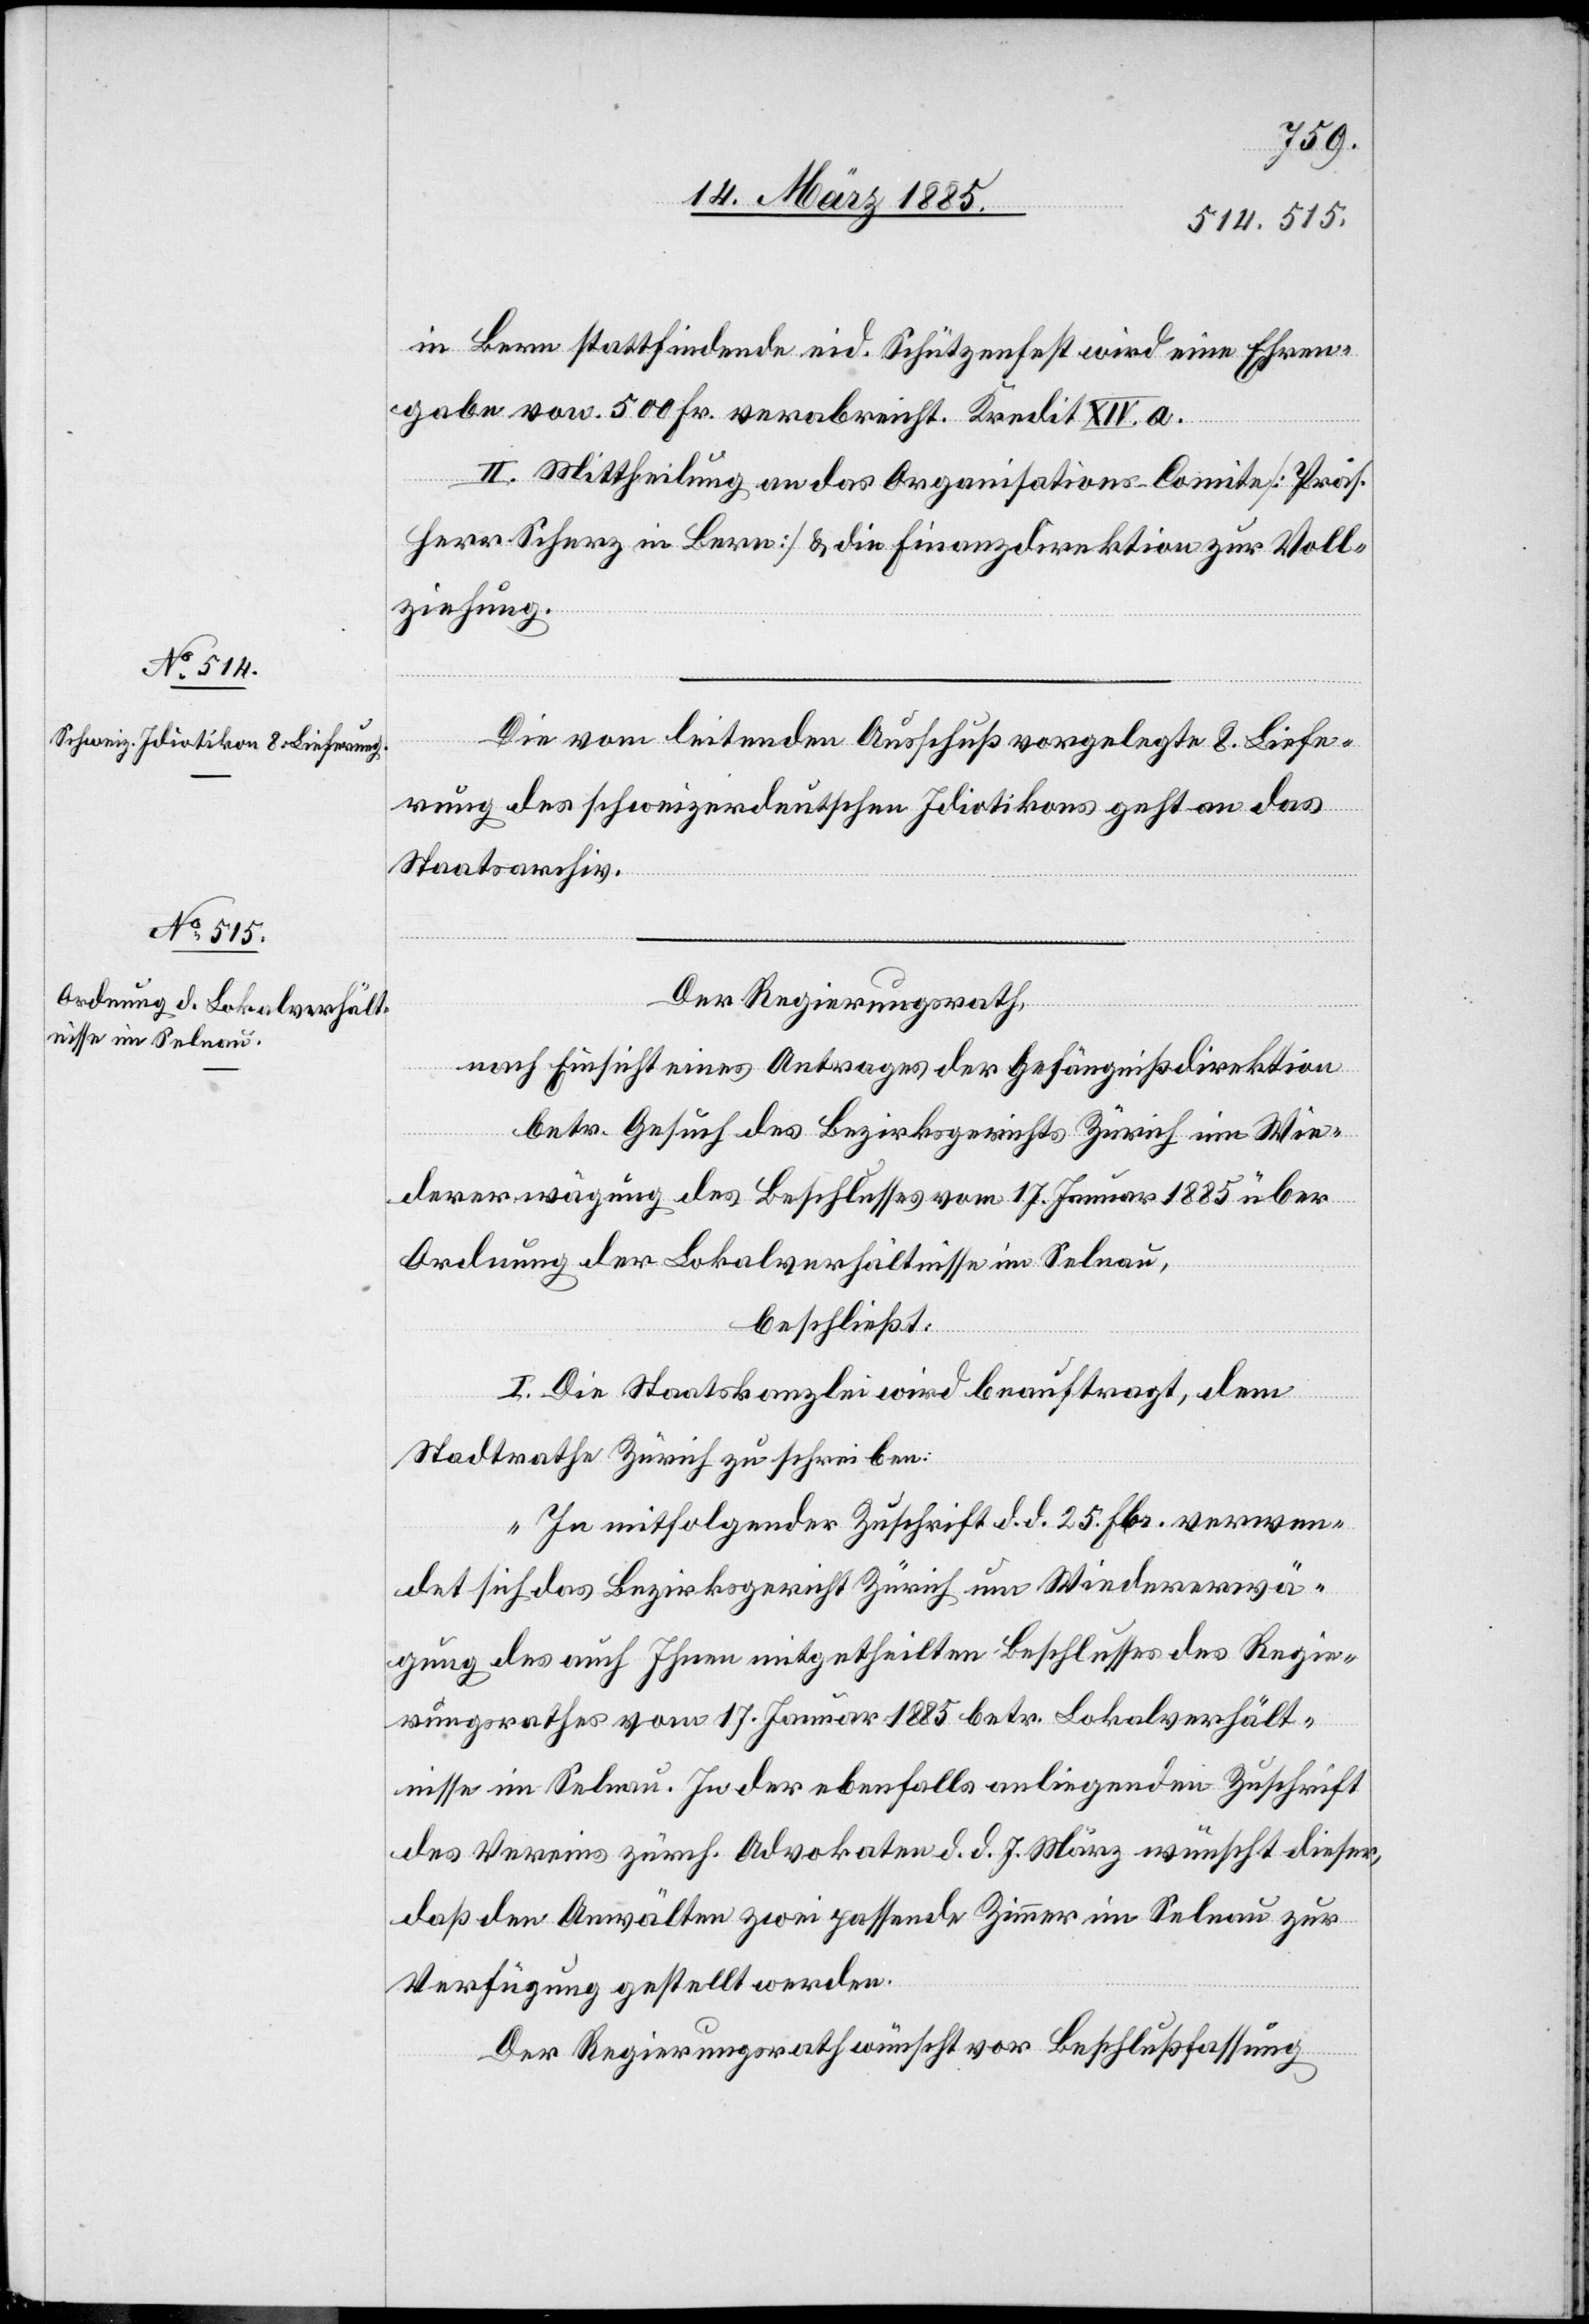
in Bern stattfindende eid. Schützenfest wird eine Ehren¬
gabe von 500 Fr. verabreicht. Kredit XIV. a.
II. Mittheilung an das Organisations-Comite [Präs.
Herr Scherz in Bern] & die Finanzdirektion zur Voll¬
ziehung.
Die vom leitenden Ausschuß vorgelegte 8. Liefe¬
rung des schweizerdeutschen Idiotikons geht an das
Staatsarchiv.
Der Regierungsrath,
nach Einsicht eines Antrages der Gefängnißdirektion
betr. Gesuch des Bezirksgerichts Zürich in Wie¬
dererwägung des Beschlusses vom 17. Januar 1885 über
Ordnung der Lokalverhältnisse im Selnau,
beschließt:
I. Die Staatskanzlei wird beauftragt, dem
Stadtrathe Zürich zu schreiben:
„In mitfolgender Zuschrift d. d. 25. Fbr. verwen¬
det sich das Bezirksgericht Zürich um Wiedererwä¬
gung des auch Ihnen mitgetheilten Beschlusses des Regie¬
rungsrathes vom 17. Januar 1885 betr. Lokalverhält¬
nisse im Selnau. In der ebenfalls anliegenden Zuschrift
des Vereins zürch. Advokaten d. d. 7. März wünscht dieser,
daß den Anwälten zwei passende Zimmer im Selnau zur
Verfügung gestellt werden.
Der Regierungsrath wünscht vor Beschlussfassung